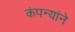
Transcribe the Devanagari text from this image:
कंपन्यांने